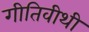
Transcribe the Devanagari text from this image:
गीतिवीथी